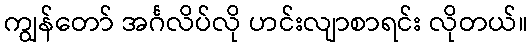
ကျွန်တော် အင်္ဂလိပ်လို ဟင်းလျာစာရင်း လိုတယ်။